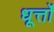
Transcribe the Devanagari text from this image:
धूर्त्तों